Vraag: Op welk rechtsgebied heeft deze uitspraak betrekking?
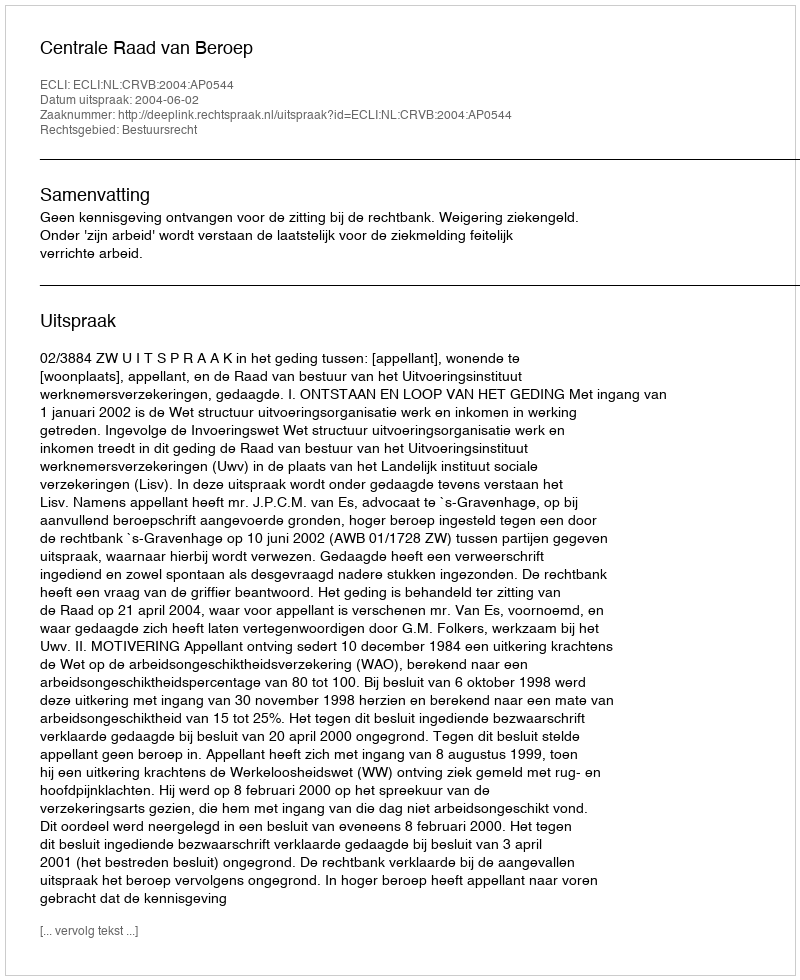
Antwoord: Bestuursrecht